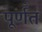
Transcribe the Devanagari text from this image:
पूर्णँत